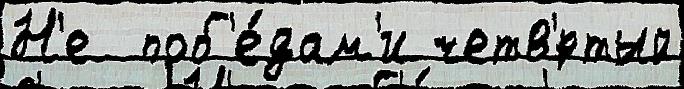
Н'е  поб'е́дам'и четв'́ртый